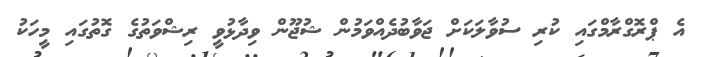
އެ ޕްރޮގްރާމްގައި ކުރި ސުވާލަކަށް ޖަވާބުދެއްވަމުން ޝުޖޫން ވިދާޅުވީ ރިޝްވަތުގެ ގޮތުގައި މީހަކު